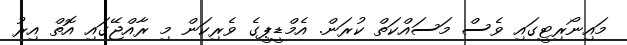
މައިނޯރިޓީގައި ވެސް މަސައްކަތް ކުރަން. އެމްޑީޕީގެ ވެރިކަން މި ރާއްޖޭގައި އޮތް އިރު